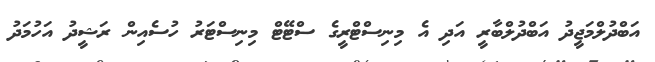
އަބްދުލްމަޖީދު އަބްދުލްބާރީ އަދި އެ މިނިސްޓްރީގެ ސްޓޭޓް މިނިސްޓަރު ހުސެއިން ރަޝީދު އަހުމަދު